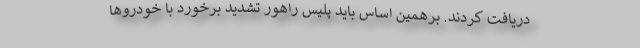
دریافت کردند. برهمین اساس باید پلیس راهور تشدید برخورد با خودروها